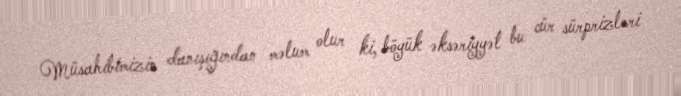
Müsahibimizin danışığından məlum olur ki, böyük əksəriyyət bu cür sürprizləri